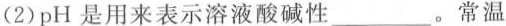
（2）pH是用来表示溶液酸碱性___。常温